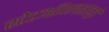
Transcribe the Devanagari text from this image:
स्टेटऑयलहाइड्रो